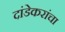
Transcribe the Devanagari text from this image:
दांडेकरांचा